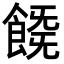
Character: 𩜚